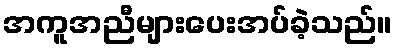
အကူအညီများပေးအပ်ခဲ့သည်။